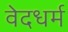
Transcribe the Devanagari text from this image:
वेदधर्म